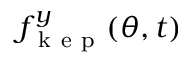
f _ { \mathrm { ~ k ~ e ~ p ~ } } ^ { y } ( \theta , t )